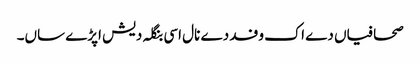
صحافیاں دے اک وفد دے نال اسی بنگلہ دیش اپڑے ساں۔